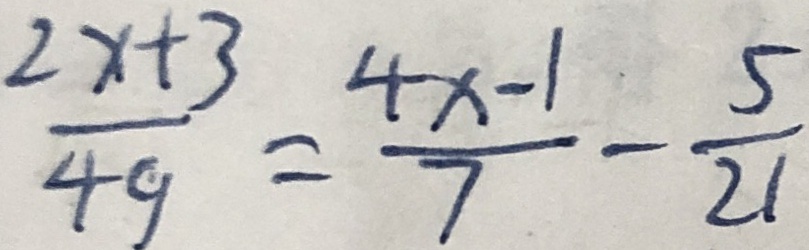
\frac { 2 x + 3 } { 4 y } = \frac { 4 x - 1 } { 7 } - \frac { 5 } { 2 1 }